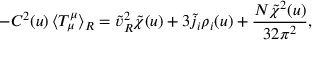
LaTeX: - C ^ { 2 } ( u ) \, \langle T _ { \mu } ^ { \mu } \rangle _ { \tiny R } = \tilde { v } _ { \tiny R } ^ { 2 } \tilde { \chi } ( u ) + 3 \tilde { j } _ { i } \rho _ { i } ( u ) + \frac { N \tilde { \chi } ^ { 2 } ( u ) } { 3 2 \pi ^ { 2 } } ,